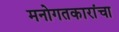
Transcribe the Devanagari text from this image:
मनोगतकारांचा